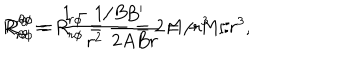
LaTeX: R _ { r \theta } ^ { r \theta } = R _ { r \phi } ^ { r \phi } = \frac { B ^ { \prime } } { 2 A B r } = - M / r ^ { 3 } , \hspace { 0 . 3 c m } R _ { \theta \phi } ^ { \theta \phi } = \frac { 1 - 1 / B } { r ^ { 2 } } = 2 M / r ^ { 3 }